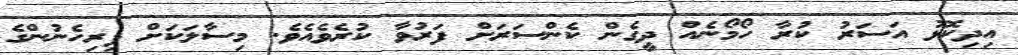
އިދިކޮޅު އަސަރު ކުރާ ހޯމޯނެއް ދީގެން ކެންސަރަށް ފަރުވާ ކުރެވެއެވެ. މިސާލަކަށް ފިރިހެނުންގެ